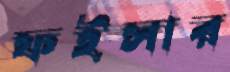
ফইসার